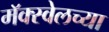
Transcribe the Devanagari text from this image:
मॅक्स्वेलच्या